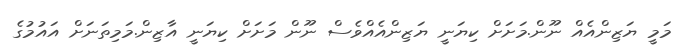
މަމީ ޔަޒިންއެއް ނޫން.މަށަށް ކިޔަނީ ޔަޒިންއެއްވެސް ނޫން މަށަށް ކިޔަނީ އާޒިން.މަމިތަނަށް އައުމުގެ